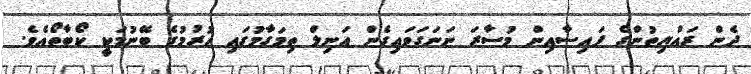
ދެން ރައްޔިތުންގެ ފައިސާއިން މުސާރަ ނަނަގަވައިގެން އަނިލް ތިމަގާމުގައި ހުރުމުގެ ބޭނުމަކީ ކޯބާތޯއެވެ.